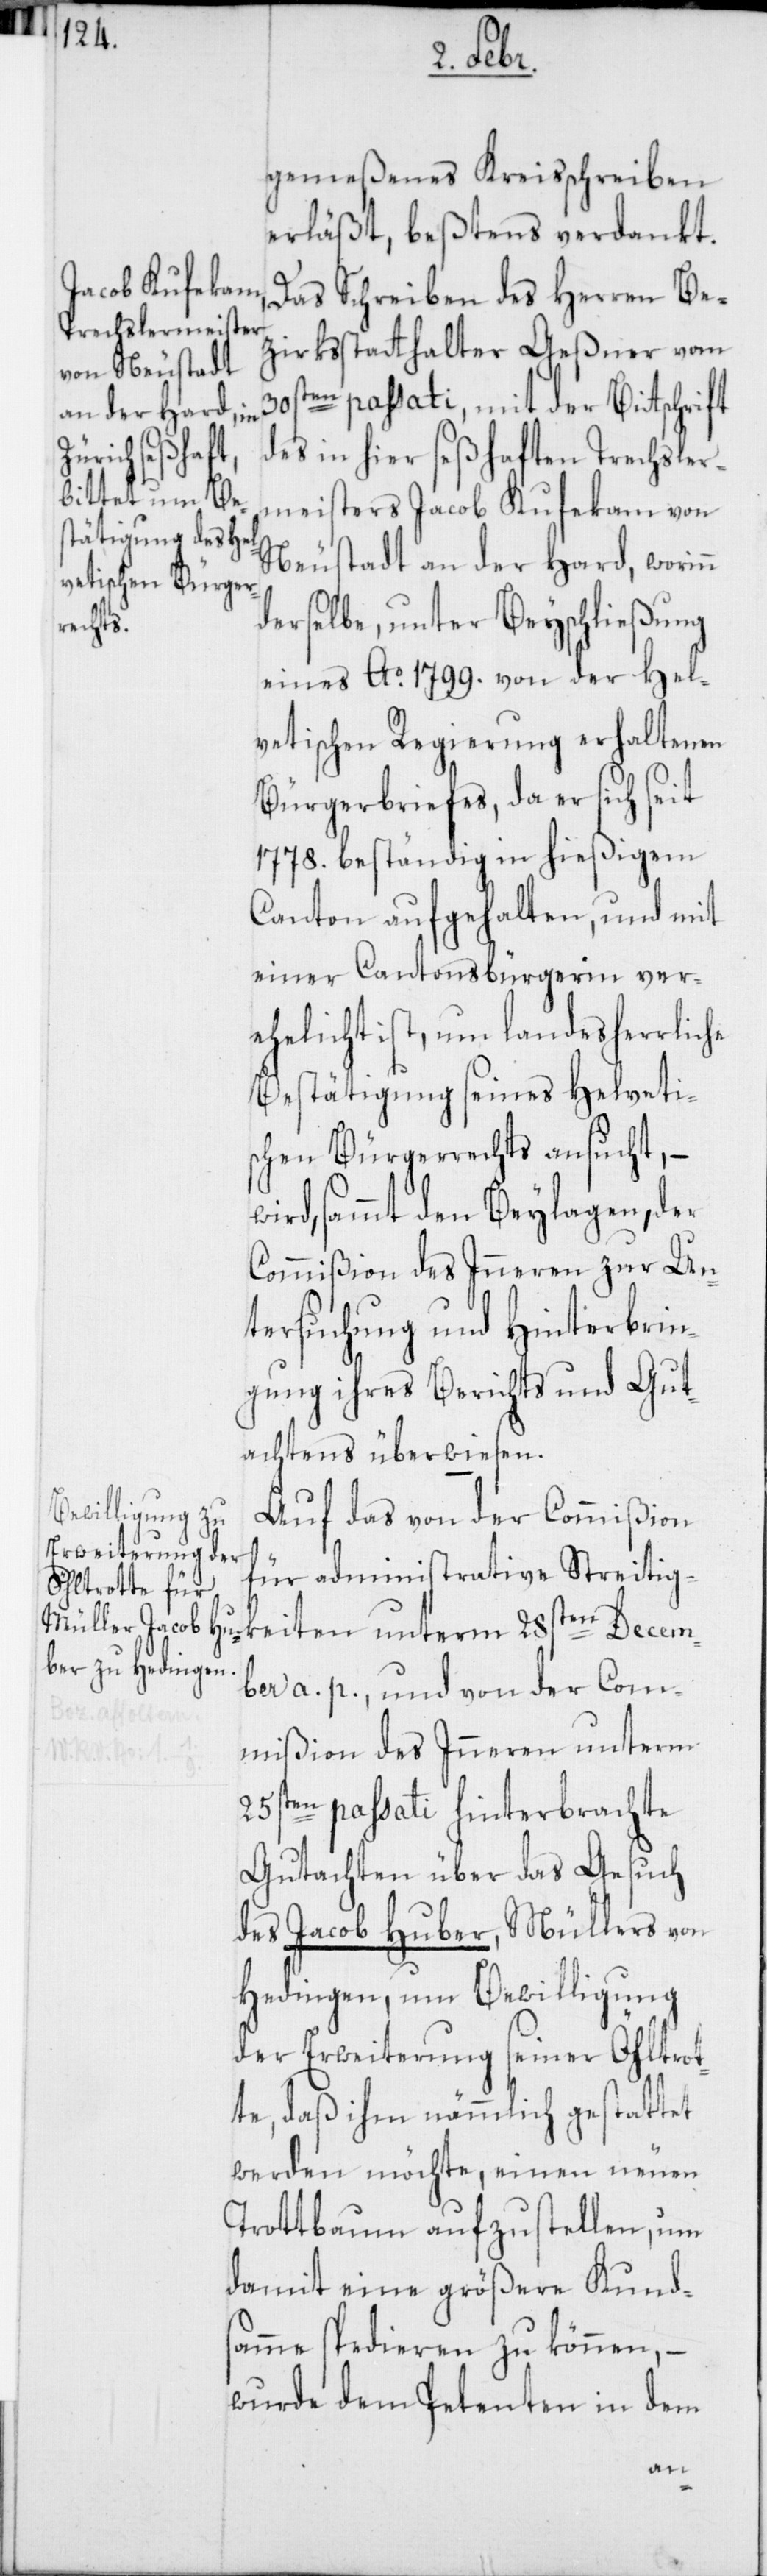
gemeßenes Kreisschreiben
erläßt, beßtens verdankt.
Das Schreiben des Herren Be¬
zirksstatthalter Geßner vom
30sten passati, mit der Bitschrift
des in hier seßhaften Drechsler¬
meisters Jacob Kufekam von
Neustadt an der Hard, worinn
derselbe, unter Beischließung
eines Ao 1799. von der hel¬
vetischen Regierung erhaltenen
Bürgerbriefes, da er sich seit
1778. beständig in hießigem
Canton aufgehalten, und mit
einer Cantonsbürgerin ver¬
ehelicht ist, um landesherrliche
Bestätigung seines helvetis¬
chen Bürgerrechts ansucht, –
ird, sammt den Beylagen, der
Commißion des Inneren zur Un¬
tersuchung und Hinterbrin¬
gung ihres Berichts und Gut¬
achtens überwiesen.
Auf das von der Commißion
für administrative Streitig¬
keiten unterm 28sten Decem¬
ber a. p. und von der Com¬
mißion des Inneren unterm
25sten passati hinterbrachte
Gutachten über das Gesuch
des Jacob Huber, Müllers von
Hedingen, um Bewilligung
der Erweiterung seiner Öltrot¬
te, daß ihm nämmlich gestattet
werden möchte, einen neuen
Trottbaum aufzustellen, um
damit eine größere Kunds¬
amme spedieren zu können, –
wurde dem Petenten in dem
w¬